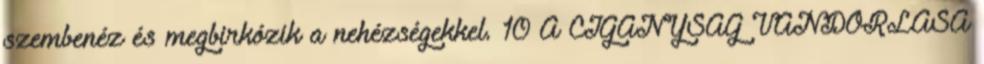
szembenéz és megbirkózik a nehézségekkel. 10 A CIGÁNYSÁG VÁNDORLÁSA